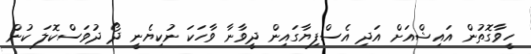
ހީވާގޮތުން އައިޝްއަށް އަދި އެސްފިޔާގައިން ދީވާނާ ވާހަކަ ނުކިޔެނީ ދޯ ދުވަސްކޮލަ ކުން